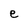
Character: e